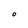
Character: O